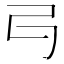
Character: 𠃚